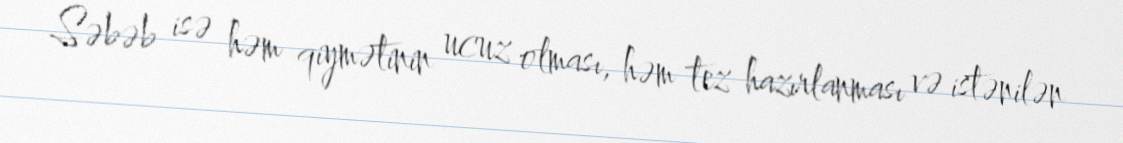
Səbəb isə həm qiymətinin ucuz olması, həm tez hazırlanması və istənilən